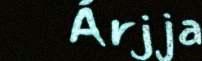
Árjja